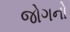
જોગનો